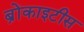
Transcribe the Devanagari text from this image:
ब्रोंकाइटीस